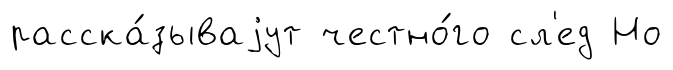
расска́зываjут честно́го сл'ед Но